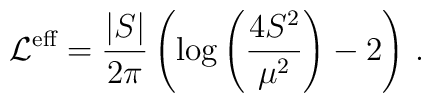
{\cal L}^{\mbox{\scriptsize eff}}=\frac{|S|}{2\pi}\left(\log{\left(\frac{4S^2}{\mu^2}\right)}-2\right)\,.